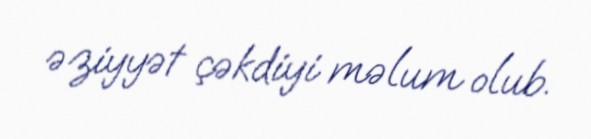
əziyyət çəkdiyi məlum olub.